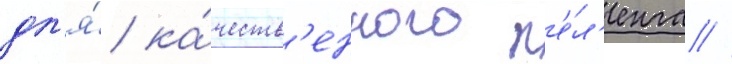
дл'я́ ка́честв'енного п'е́л'енга //